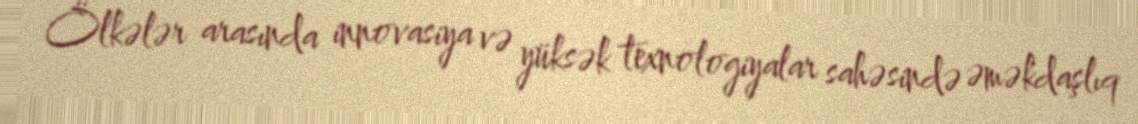
Ölkələr arasında innovasiya və yüksək texnologiyalar sahəsində əməkdaşlıq